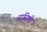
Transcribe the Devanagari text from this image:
यासिमी